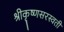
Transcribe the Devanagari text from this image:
श्रीकृष्णसरस्वती